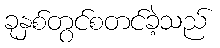
ခုနှစ်တွင်စတင်ခဲ့သည်